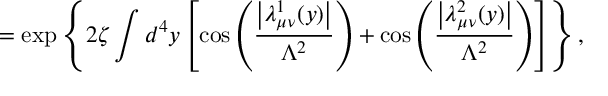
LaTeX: = \exp \left\{ 2 \zeta \int d ^ { 4 } y \left[ \cos \left( \frac { \left| \lambda _ { \mu \nu } ^ { 1 } ( y ) \right| } { \Lambda ^ { 2 } } \right) + \cos \left( \frac { \left| \lambda _ { \mu \nu } ^ { 2 } ( y ) \right| } { \Lambda ^ { 2 } } \right) \right] \right\} ,